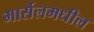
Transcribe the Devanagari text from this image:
मार्सेलमधील